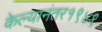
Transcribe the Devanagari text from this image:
केल्यानंतर१९४९